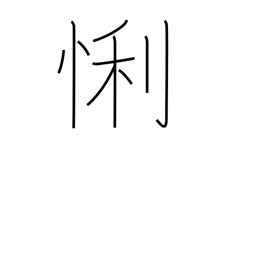
Meaning: clever